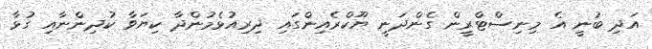
އަދި ބުނީ އެ މިނިސްޓްރީން ގެންދަނީ ޔޫކްރެއިންގައި ދިރިއުޅެމުންދާ ކިޔަވާ ކުދިންނާއި ގުޅާ